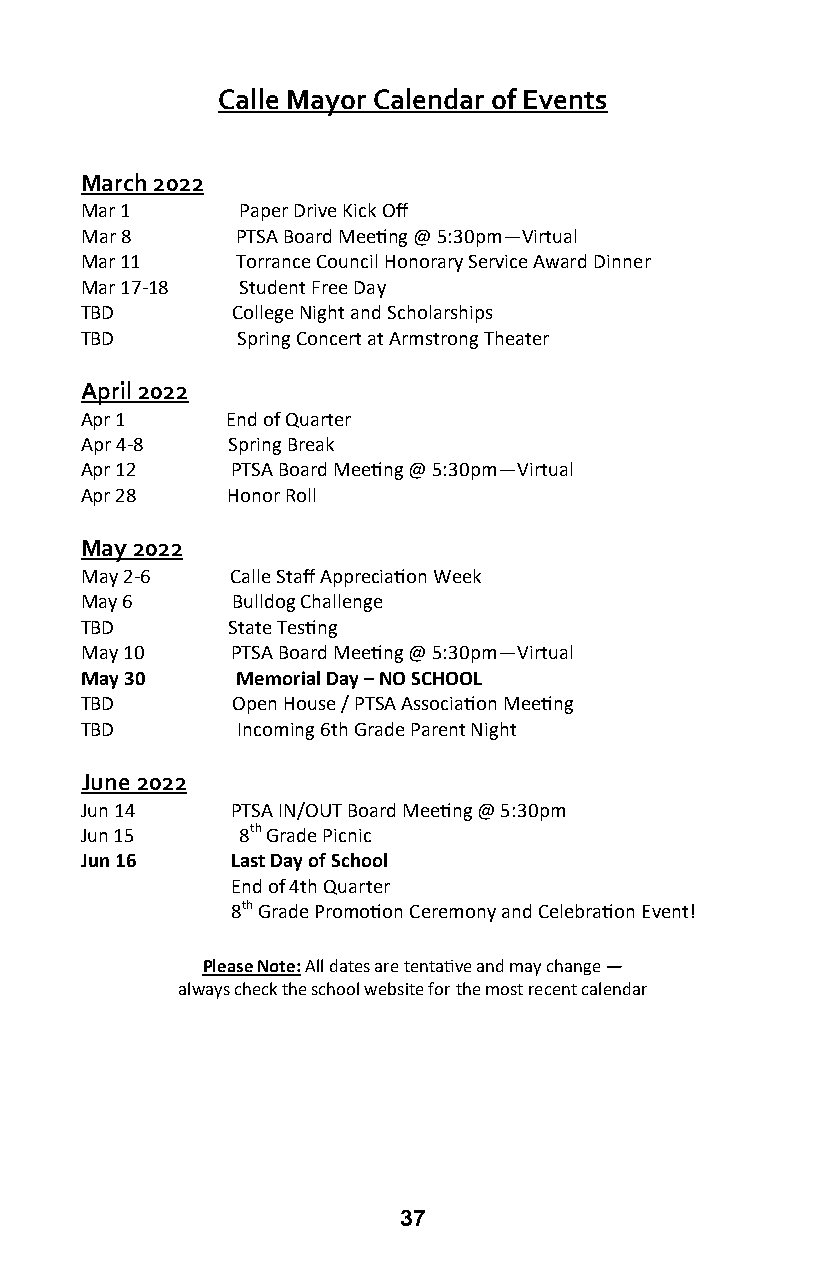
Calle Mayor Calendar of Events
 March 2022
 Mar 1      Paper Drive Kick Off
 Mar 8      PTSA Board Meeting @ 5:30pm—Virtual
 Mar 11     Torrance Council Honorary Service Award Dinner
 Mar 17-18  Student Free Day
 TBD       College Night and Scholarships
 TBD        Spring Concert at Armstrong Theater
 April 2022
 Apr 1     End of Quarter
 Apr 4-8   Spring Break
 Apr 12    PTSA Board Meeting @ 5:30pm—Virtual
 Apr 28    Honor Roll
 May 2022
 May 2-6   Calle Staff Appreciation Week
 May 6     Bulldog Challenge
 TBD       State Testing
 May 10    PTSA Board Meeting @ 5:30pm—Virtual
 May 30     Memorial Day – NO SCHOOL
 TBD       Open House / PTSA Association Meeting
 TBD        Incoming 6th Grade Parent Night
 June 2022
 Jun 14    PTSA IN/OUT Board Meeting @ 5:30pm
 Jun 15     8th Grade Picnic
 Jun 16    Last Day of School
 End of 4th Quarter
 8th Grade Promotion Ceremony and Celebration Event!
 Please Note: All dates are tentative and may change —
 always check the school website for the most recent calendar
 37